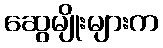
ဆွေမျိုးများက